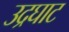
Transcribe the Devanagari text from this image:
उद्रघाट